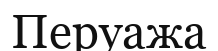
Перуажа